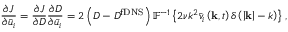
\frac { { \partial J } } { { \partial { { \bar { u } } _ { i } } } } = \frac { { \partial J } } { { \partial { D } } } \frac { { \partial { D } } } { { \partial { { \bar { u } } _ { i } } } } = 2 \left( { { D } - D ^ { \mathrm { { f D N S } } } } \right) { \mathbb { F } ^ { - 1 } } \left\{ 2 \nu { { k ^ { 2 } } { { \bar { v } } _ { i } } \left( { { \bf { k } } , t } \right) \delta \left( { \left| { \bf { k } } \right| - k } \right) } \right\} ,